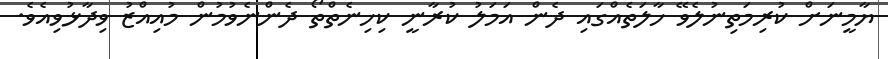
ޔާމީނަށް ކުރިމަތިނުލެވޭ ހާލަތެއްގައި ދެން އަމަލު ކުރާނީ ކިހިނެތްތޯ ދެންނެވުމުން މުއިއްޒު ވިދާޅުވިއެވެ.